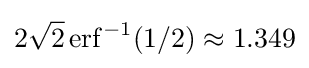
2{\sqrt {2}}\operatorname {erf} ^{-1}(1/2)\approx 1.349